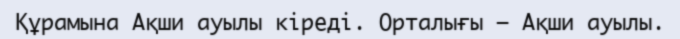
Құрамына Ақши ауылы кіреді. Орталығы – Ақши ауылы.